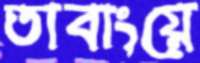
তাবাংয়ে